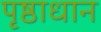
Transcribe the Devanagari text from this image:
पृष्ठाधान